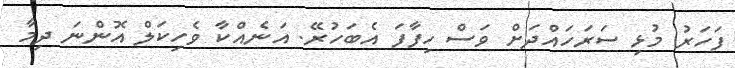
ފަހަރު މުޅި ސަރަހައްދަށް ވަސް ހިފާފަ އެބަހުރޭ. އަނެއްކާ ވެހިކަލް އޮންނަ ދިމާ